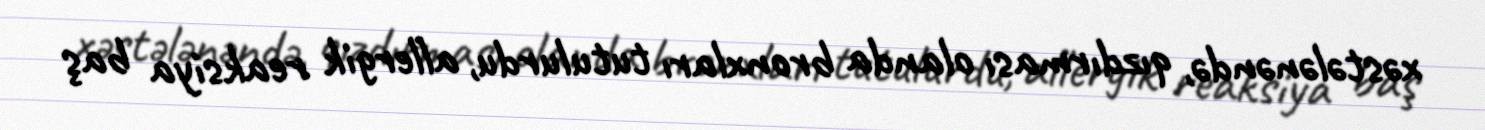
xəstələnəndə, qızdırması olanda bronxları tutulurdu, allergik reaksiya baş